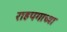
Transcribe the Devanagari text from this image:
राहपगाच्या